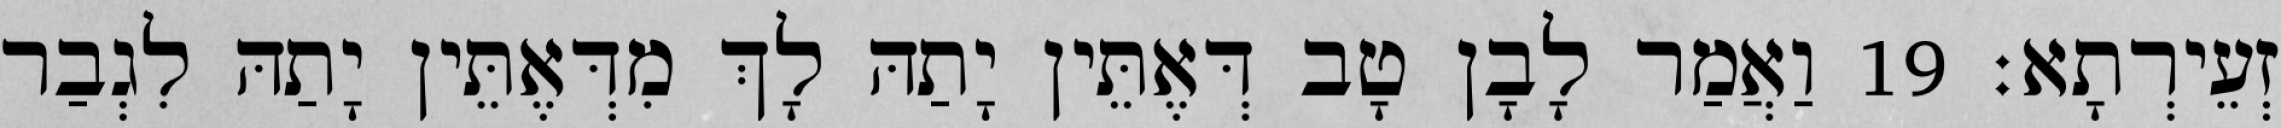
זְעֵירְתָא׃ 19 וַאֲמַר לָבָן טָב דְּאֶתֵּין יָתַהּ לָךְ מִדְּאֶתֵּין יָתַהּ לִגְבַר